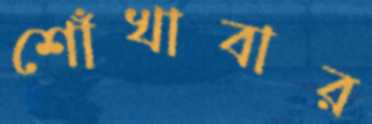
শোঁখাবার